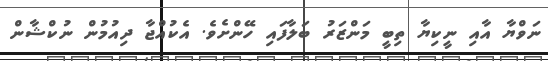
ނަވްޔާ އާއި ނީކިޔާ ތިބީ މަންޒަރު ބަލާފައި ހޭންށެވެ. އެކުއްޖާ ދިއުމުން ނުކްޝާން